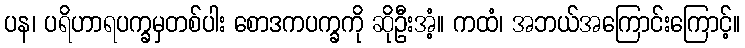
ပန၊ ပရိဟာရပက္ခမှတစ်ပါး စောဒကပက္ခကို ဆိုဦးအံ့။ ကထံ၊ အဘယ်အကြောင်းကြောင့်။